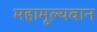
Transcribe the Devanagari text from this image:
महामूल्यवान